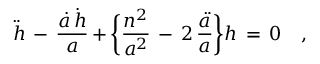
\ddot { h } \, - \, \frac { \dot { a } \, \dot { h } } { a } \, + \, \biggr \{ \frac { n ^ { 2 } } { a ^ { 2 } } \, - \, 2 \, \frac { \ddot { a } } { a } \biggl \} h \, = \, 0 \quad ,